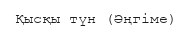
Қысқы түн (Әңгіме)